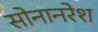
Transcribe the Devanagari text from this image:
सोनानरेश